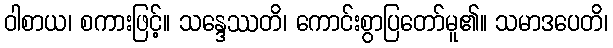
ဝါစာယ၊ စကားဖြင့်။ သန္ဒေဿတိ၊ ကောင်းစွာပြတော်မူ၏။ သမာဒပေတိ၊